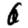
Digit: 6